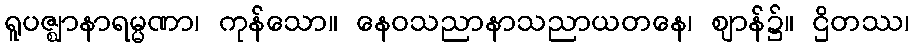
ရူပဇ္ဈာနာရမ္မဏာ၊ ကုန်သော။ နေဝသညာနာသညာယတနေ၊ ဈာန်၌။ ဌိတဿ၊